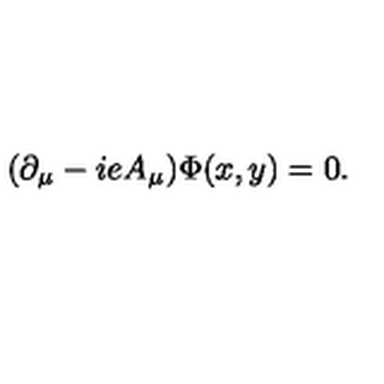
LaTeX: ( \partial _ { \mu } - i e A _ { \mu } ) \Phi ( x , y ) = 0 .